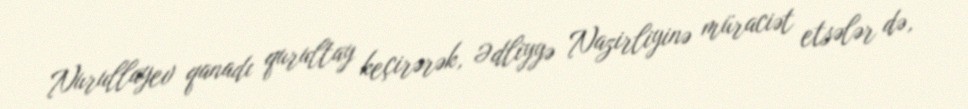
Nurullayev qanadı qurultay keçirərək, Ədliyyə Nazirliyinə müraciət etsələr də,